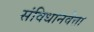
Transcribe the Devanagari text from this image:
संविधानवेत्ता